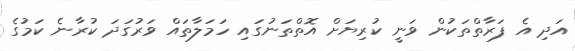
އަދި އެ ފަރާތްތަކުން ވަނީ ކުރިޔަށް އޮތްތަނުގައި ހަމަލާތައް ވަރުގަދަ ކުރާނެ ކަމުގެ